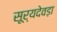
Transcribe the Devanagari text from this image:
सूर्यदेवड़ा